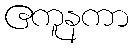
ဧကူနကာ